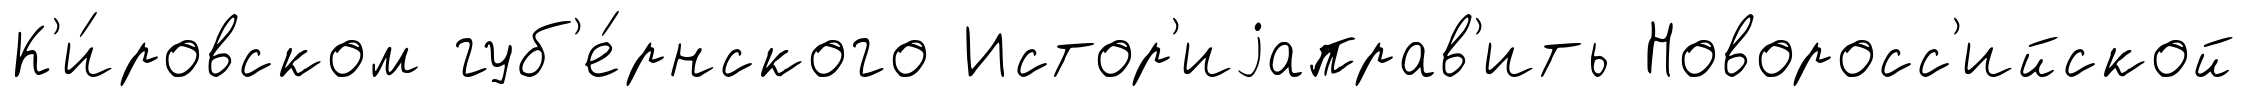
К'и́ровском губ'е́рнского Истор'иjаправ'ить Новоросс'ийской